Parnu-Viljandi_kinnistusamet, lk 19
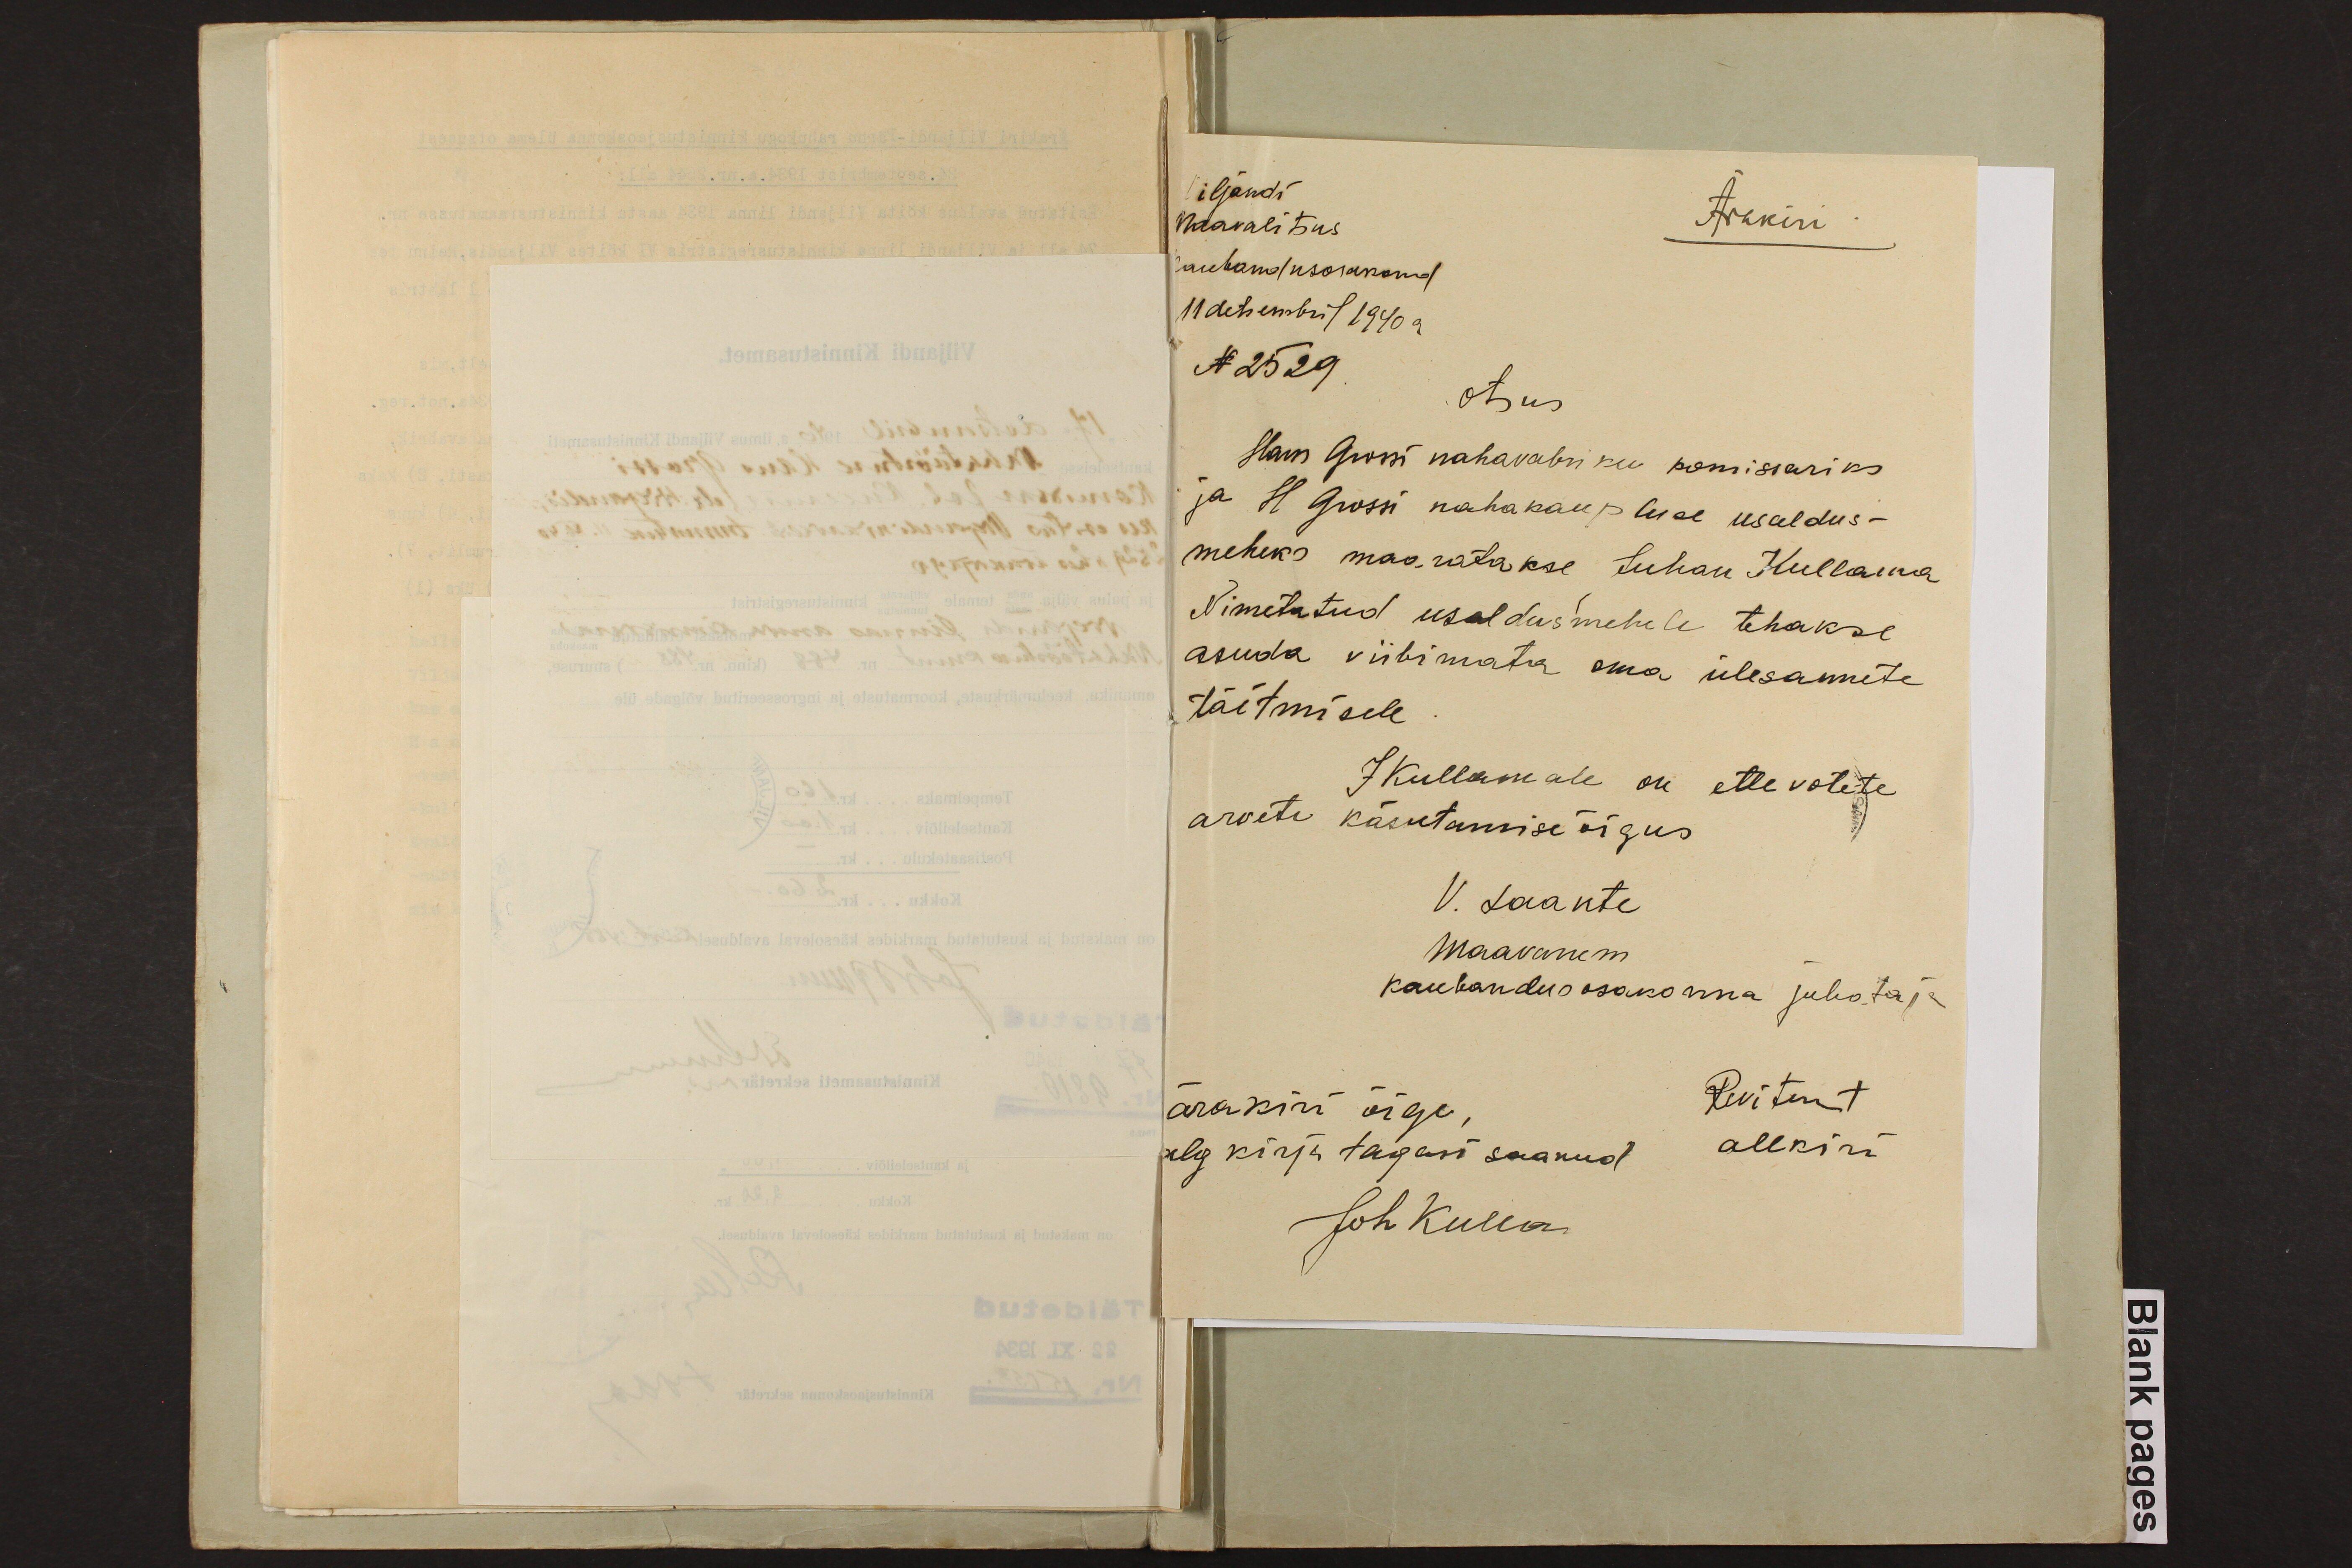
Viljandi
Maavalitsus
Ärakiri
Kaubandusosakond
11 detsembril 1940 a.
N 2529
otsus
Hans Grossi nahavabriku komissariks
ja H Grossi nahakaupluse usaldus-
meheks määratakse Juhan Kullama
Nimetatud usaldusmehele tehakse
asuda viibimata oma ülesannete
täitmisele
arvete käsutamise õigus
JKullamale on ettevõtete
V. Laante
Maavanem
kaubandusosakonna juhataja
ärakiri õige,
Revitent
alg kirja tagasi saanud.
allkiri
Joh Kulla